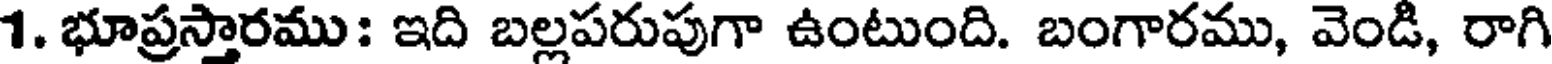
1. భూప్రస్తారము: ఇది బల్లపరుపుగా ఉంటుంది. బంగారము, వెండి, రాగి